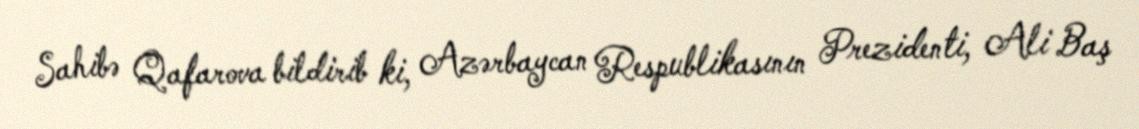
Sahibə Qafarova bildirib ki, Azərbaycan Respublikasının Prezidenti, Ali Baş